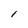
Character: i